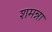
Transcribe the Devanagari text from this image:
शमन्ना